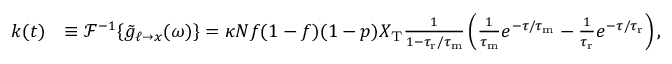
\begin{array} { r l } { k ( t ) } & { \equiv \mathcal { F } ^ { - 1 } \{ \tilde { g } _ { \ell \to x } ( \omega ) \} = \kappa N f ( 1 - f ) ( 1 - p ) X _ { \mathrm { T } } \frac { 1 } { 1 - { \tau _ { \mathrm { r } } } / { \tau _ { \mathrm { m } } } } \left( \frac { 1 } { { \tau _ { \mathrm { m } } } } e ^ { - \tau / { \tau _ { \mathrm { m } } } } - \frac { 1 } { { \tau _ { \mathrm { r } } } } e ^ { - \tau / { \tau _ { \mathrm { r } } } } \right) , } \end{array}